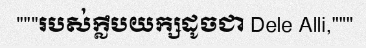
"""របស់ក្លឹបយក្សដូចជា Dele Alli,"""